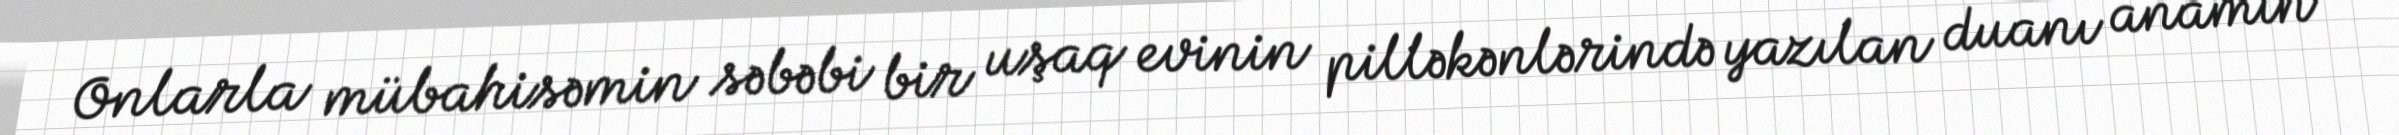
Onlarla mübahisəmin səbəbi bir uşaq evinin pilləkənlərində yazılan duanı anamın